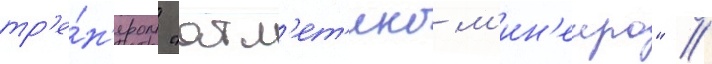
тр'е́н'ером "атл'ет'ико м'ин'еиро" //